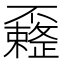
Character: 𰀟